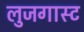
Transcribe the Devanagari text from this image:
लुजगास्ट